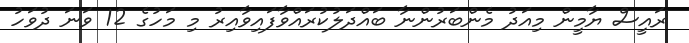
ރައީސް ޔާމީން މިއަދު މެންބަރުންނާ ބައްދަލުކުރައްވާފައިވާއިރު މި މަހުގެ 12 ވަނަ ދުވަހު